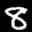
Label: 8